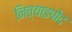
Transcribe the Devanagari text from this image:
नित्याइपोद